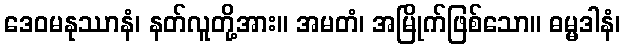
ဒေဝမနုဿာနံ၊ နတ်လူတို့အား။ အမတံ၊ အမြိုက်ဖြစ်သော။ ဓမ္မဒါနံ၊